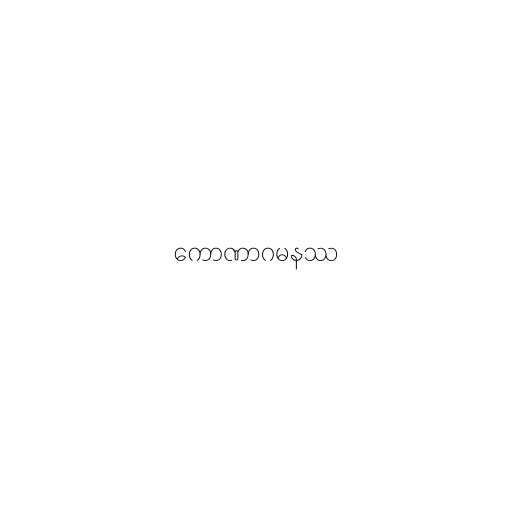
ကောဏာဂမနဿ